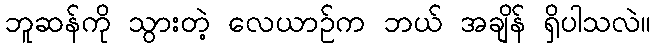
ဘူဆန်ကို သွားတဲ့ လေယာဉ်က ဘယ် အချိန် ရှိပါသလဲ။